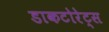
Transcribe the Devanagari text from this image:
डाकटोरेट्स